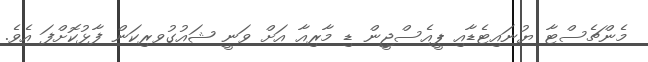
މެންޗެސްޓާ ޔުނައިޓެޑާއި ޕީއެސްޖީން ޑި މާރިއާ އަށް ވަނީ ޝައުގުވރިކަން ފާޅުކޮށްފަ އެވެ.